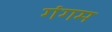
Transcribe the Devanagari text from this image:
गंगम